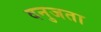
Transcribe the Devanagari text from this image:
दनुजता